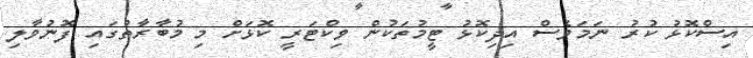
އިސްކޮޅު ކުރު ނަމަވެސް އިދިކޮޅު ޓީމުތަކުން ވިކްޓަރީ ކޮޅަށް މި މުބާރާތުގައި ފޮނުވާލި